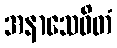
အနာသေဝိတံ